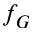
f _ { G }